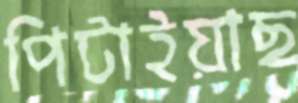
পিটাইয়াছ